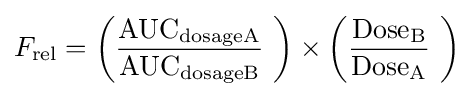
F_{\text{rel}}=\left({\frac {{\text{AUC}}_{\text{dosageA}}}{{\text{AUC}}_{\text{dosageB}}}}\ \right)\times \left({\frac {{\text{Dose}}_{\text{B}}}{{\text{Dose}}_{\text{A}}}}\ \right)